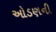
ઓડણની